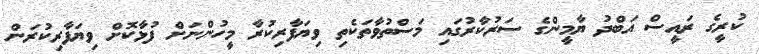
ކުރީގެ ރައީސް އަބްދު ޔާމީންގެ ސަރުކާރުގައި މަސްތުވާތަކެތި ވިޔަފާރިކުރާ މީހުންނަށް ފުޅާކޮށް ވިޔަފާރިކުރަން